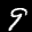
Label: 9